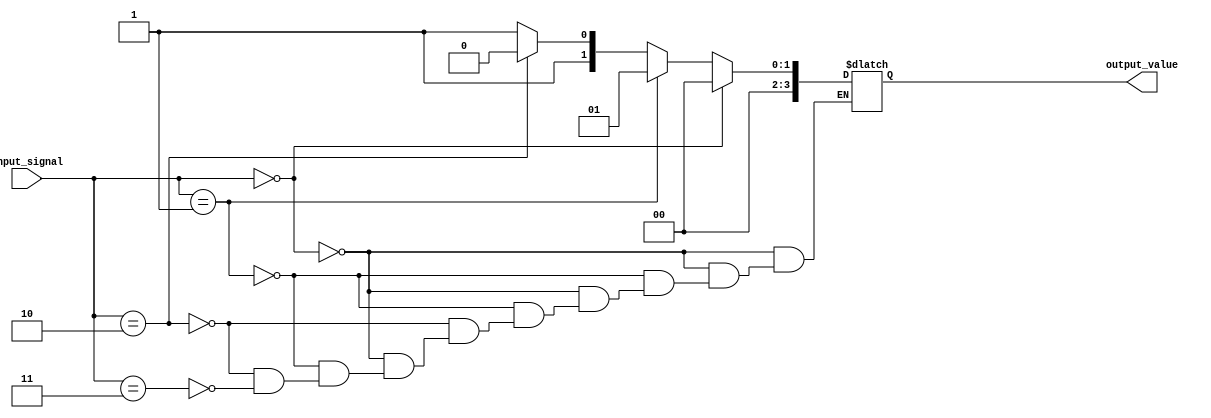
module behavioral_modeling_block (
    input wire [7:0] input_signal,
    output reg [3:0] output_value
);

always @*
begin
    if (input_signal == 8'h00) begin
        output_value = 4'b0000;
    end
    else if (input_signal == 8'h01) begin
        output_value = 4'b0001;
    end
    else if (input_signal == 8'h02) begin
        output_value = 4'b0010;
    end
    else if (input_signal == 8'h03) begin
        output_value = 4'b0011;
    end
    // Add more if-else statements as needed to cover all possible scenarios
end

endmodule